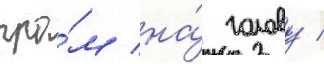
гро́м на́ голову /